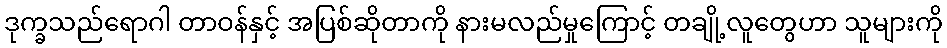
ဒုက္ခသည်ရောဂါ တာဝန်နှင့် အပြစ်ဆိုတာကို နားမလည်မှုကြောင့် တချို့လူတွေဟာ သူများကို